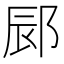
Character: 䣅